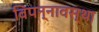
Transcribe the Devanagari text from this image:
विपन्नावस्था